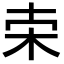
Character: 𣐁